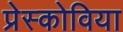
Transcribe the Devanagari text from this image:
प्रेस्कोविया